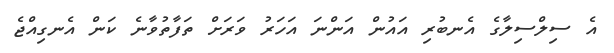
އެ ސިލްސިލާގެ އެނބުރި އައުން އަންނަ އަހަރު ވަރަށް ތަފާތުވާނެ ކަން އެނގިއްޖެ